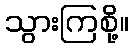
သွားကြစို့။